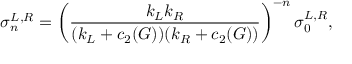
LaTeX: \sigma _ { n } ^ { L , R } = \left( { \frac { k _ { L } k _ { R } } { ( k _ { L } + c _ { 2 } ( G ) ) ( k _ { R } + c _ { 2 } ( G ) ) } } \right) ^ { - n } \sigma _ { 0 } ^ { L , R } ,